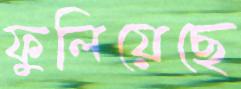
ফুলিয়েছে